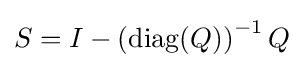
S=I-\left(\operatorname {diag} (Q)\right)^{-1}Q